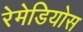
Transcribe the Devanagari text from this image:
रेमेडियोस